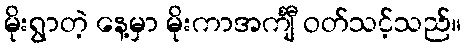
မိုးရွာတဲ့ နေ့မှာ မိုးကာအင်္ကျီ ဝတ်သင့်သည်။